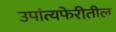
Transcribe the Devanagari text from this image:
उपांत्यफेरीतील